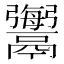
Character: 𩱟